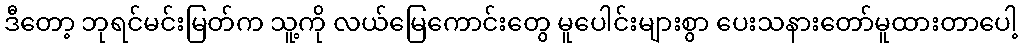
ဒီတော့ ဘုရင်မင်းမြတ်က သူ့ကို လယ်မြေကောင်းတွေ မူပေါင်းများစွာ ပေးသနားတော်မူထားတာပေါ့